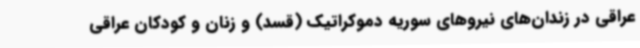
عراقی در زندان‌های نیروهای سوریه دموکراتیک (قسد) و زنان و کودکان عراقی